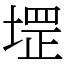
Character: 堽